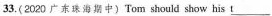
33.(2020 广东珠海期中)Tom should show his \underline{t}